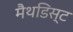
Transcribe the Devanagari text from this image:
मैथडिस्ट